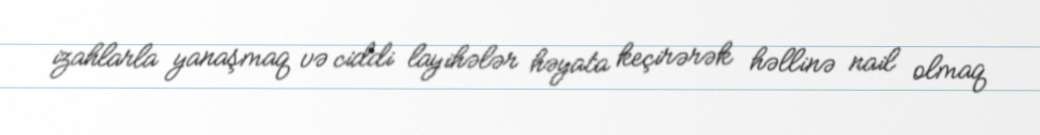
izahlarla yanaşmaq və ciddi layihələr həyata keçirərək həllinə nail olmaq